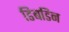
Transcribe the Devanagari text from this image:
डिबडिन